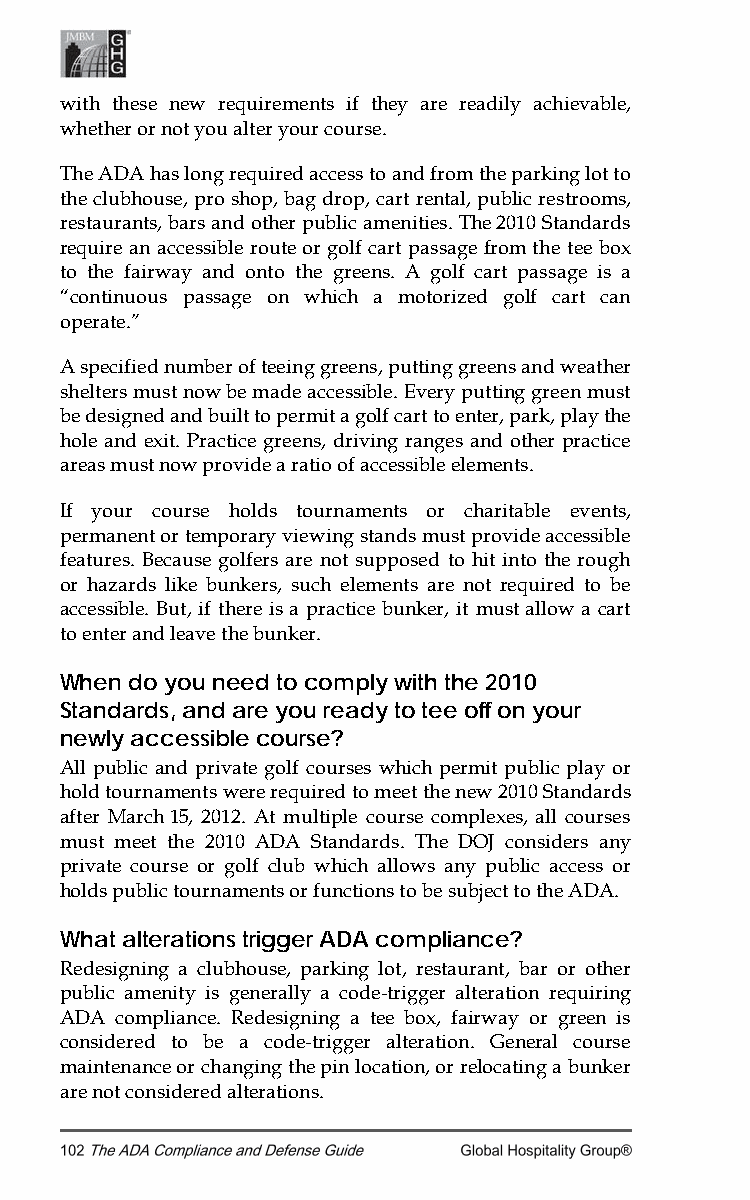
with these new requirements if they are readily achievable,
 whether or not you alter your course.
 The ADA has long required access to and from the parking lot to
 the clubhouse, pro shop, bag drop, cart rental, public restrooms,
 restaurants, bars and other public amenities. The 2010 Standards
 require an accessible route or golf cart passage from the tee box
 to the fairway and onto the greens. A golf cart passage is a
 “continuous passage on which a motorized golf cart can
 operate.”
 A specified number of teeing greens, putting greens and weather
 shelters must now be made accessible. Every putting green must
 be designed and built to permit a golf cart to enter, park, play the
 hole and exit. Practice greens, driving ranges and other practice
 areas must now provide a ratio of accessible elements.
 If your course holds tournaments or charitable events,
 permanent or temporary viewing stands must provide accessible
 features. Because golfers are not supposed to hit into the rough
 or hazards like bunkers, such elements are not required to be
 accessible. But, if there is a practice bunker, it must allow a cart
 to enter and leave the bunker.
 When do you need to comply with the 2010
 Standards, and are you ready to tee off on your
 newly accessible course?
 All public and private golf courses which permit public play or
 hold tournaments were required to meet the new 2010 Standards
 after March 15, 2012. At multiple course complexes, all courses
 must meet the 2010 ADA Standards. The DOJ considers any
 private course or golf club which allows any public access or
 holds public tournaments or functions to be subject to the ADA.
 What alterations trigger ADA compliance?
 Redesigning a clubhouse, parking lot, restaurant, bar or other
 public amenity is generally a code-trigger alteration requiring
 ADA compliance. Redesigning a tee box, fairway or green is
 considered to be a code-trigger alteration. General course
 maintenance or changing the pin location, or relocating a bunker
 are not considered alterations.